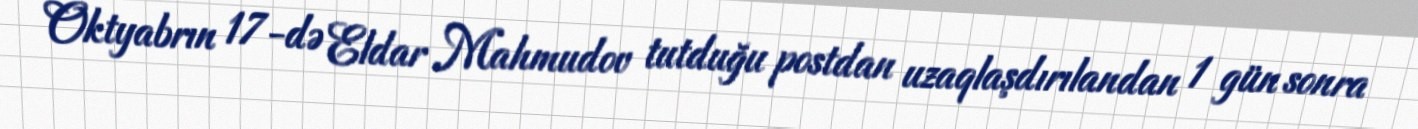
Oktyabrın 17-də Eldar Mahmudov tutduğu postdan uzaqlaşdırılandan 1 gün sonra